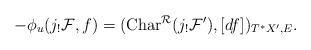
LaTeX: \begin{align*}-\phi_{u}(j_!{\cal F},f)=({\rm Char}^{\cal R}(j_!{\cal F}'),[df])_{T^*X',E}.\end{align*}